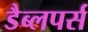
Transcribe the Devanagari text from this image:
डैब्लपर्स